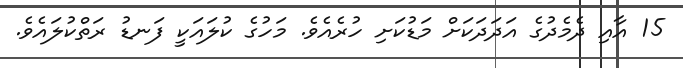
15 އާއި ދެމެދުގެ އަދަދަކަށް މަޑުކަށި ހުރެއެވެ. މަހުގެ ކުލައަކީ ފަނޑު ރަތްކުލައެވެ.